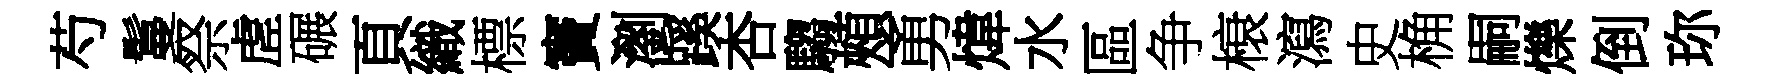
芍鬘祭虗碾頁織標竇瀏蹊杏騶頰勇煒水區争榱瀉史桷嗣爍倒珎